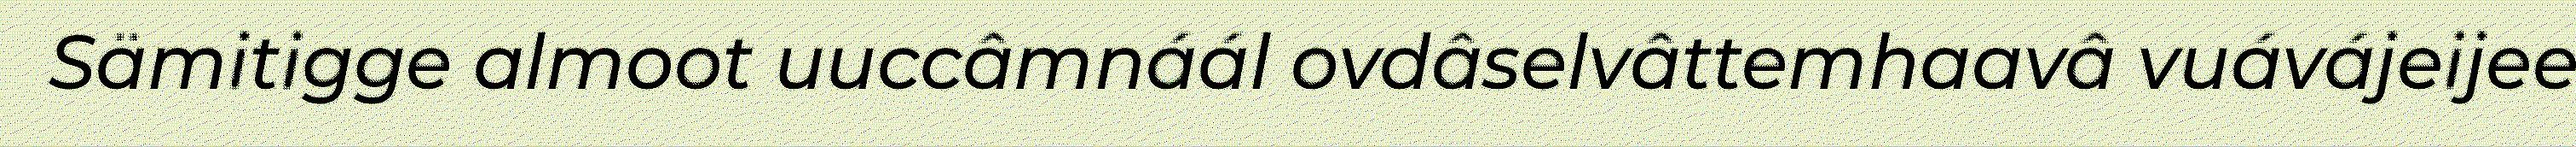
Sämitigge almoot uuccâmnáál ovdâselvâttemhaavâ vuávájeijee